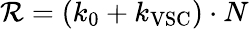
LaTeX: \mathcal{R}=(k_{0}+k_{\mathrm{VSC}})\cdot N